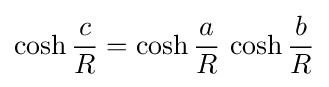
\cosh {\frac {c}{R}}=\cosh {\frac {a}{R}}\,\cosh {\frac {b}{R}}